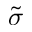
\tilde { \sigma }